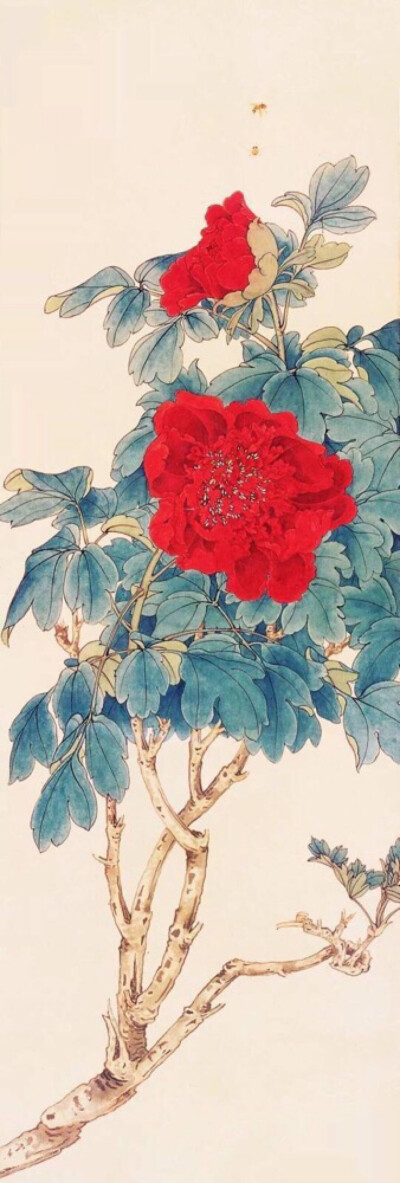
兽炉沉水烟，翠沼残花片。一行写入相思传。